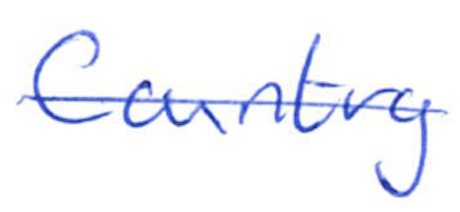
Text: Country
Cross-out: single-line
Writing tool: ballpoint